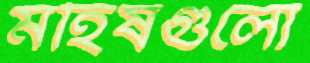
মহিষগুলো